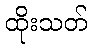
ထိုးသတ်